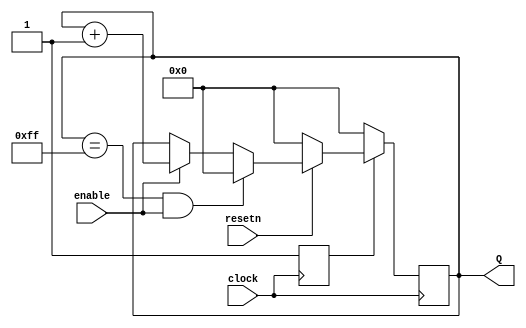
// Useful counter

module Counter(clock, resetn, enable, Q);
	parameter bits = 8, max = 256;
	input clock, resetn, enable;
	output reg [bits-1:0] Q;
	
	reg clear = 1'b0;
	
	always @(posedge clock) begin
		if(~clear) begin
			Q <= 0;
			clear <= 1'b1;
		end
		else if(~resetn)
			Q <= 0;
		else if (Q == max - 1 && enable)
			Q <= 0;
		else if (enable)
			Q <= Q + 1;
	end
endmodule